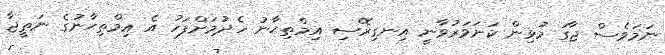
ނަމަވެސް ޖާގަ މުޅިން ކަށަވަރުވާނީ އިނގިރޭސި އިމްތިޙާނު ހެދުމަށްފަހު އެ އިމްތިޙާނުގެ ނަތީޖާ